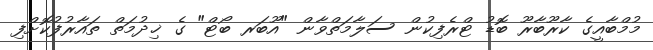
މުމްބާއީގެ ކާރޫބާރޫ ބޮޑު ޓްރެފިކުން ސަލާމަތްވާން "އޫބަރ ބޯޓް" ގެ ޚިދުމަތް ތައާރުފުކޮށްފި